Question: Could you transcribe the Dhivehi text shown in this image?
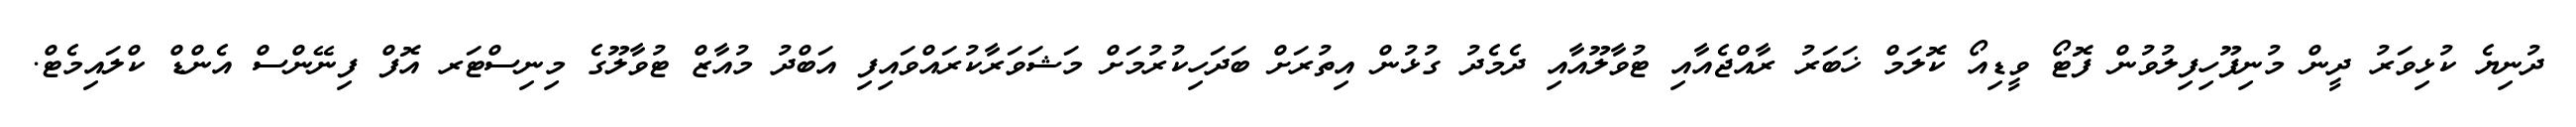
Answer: ދުނިޔެ ކުޅިވަރު ދީން މުނިފޫހިފިލުވުން ފޮޓޯ ވީޑިއޯ ކޮލަމް ޚަބަރު ރާއްޖެއާއި ޓުވާލޫއާއި ދެމެދު ގުޅުން އިތުރަށް ބަދަހިކުރުމަށް މަޝަވަރާކުރައްވައިފި އަބްދު މުއާޒް ޓުވާލޫގެ މިނިސްޓަރ އޮފް ފިނޭންސް އެންޑް ކްލައިމެޓް.